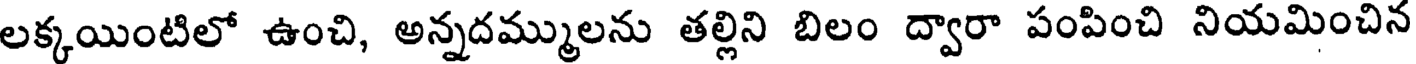
లక్కయింటిలో ఉంచి, అన్నదమ్ములను తల్లిని బిలం ద్వారా పంపించి నియమించిన